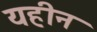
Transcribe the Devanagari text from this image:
यहीन